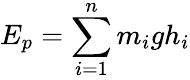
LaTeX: E_{p}=\sum_{i=1}^{n}m_{i}gh_{i}